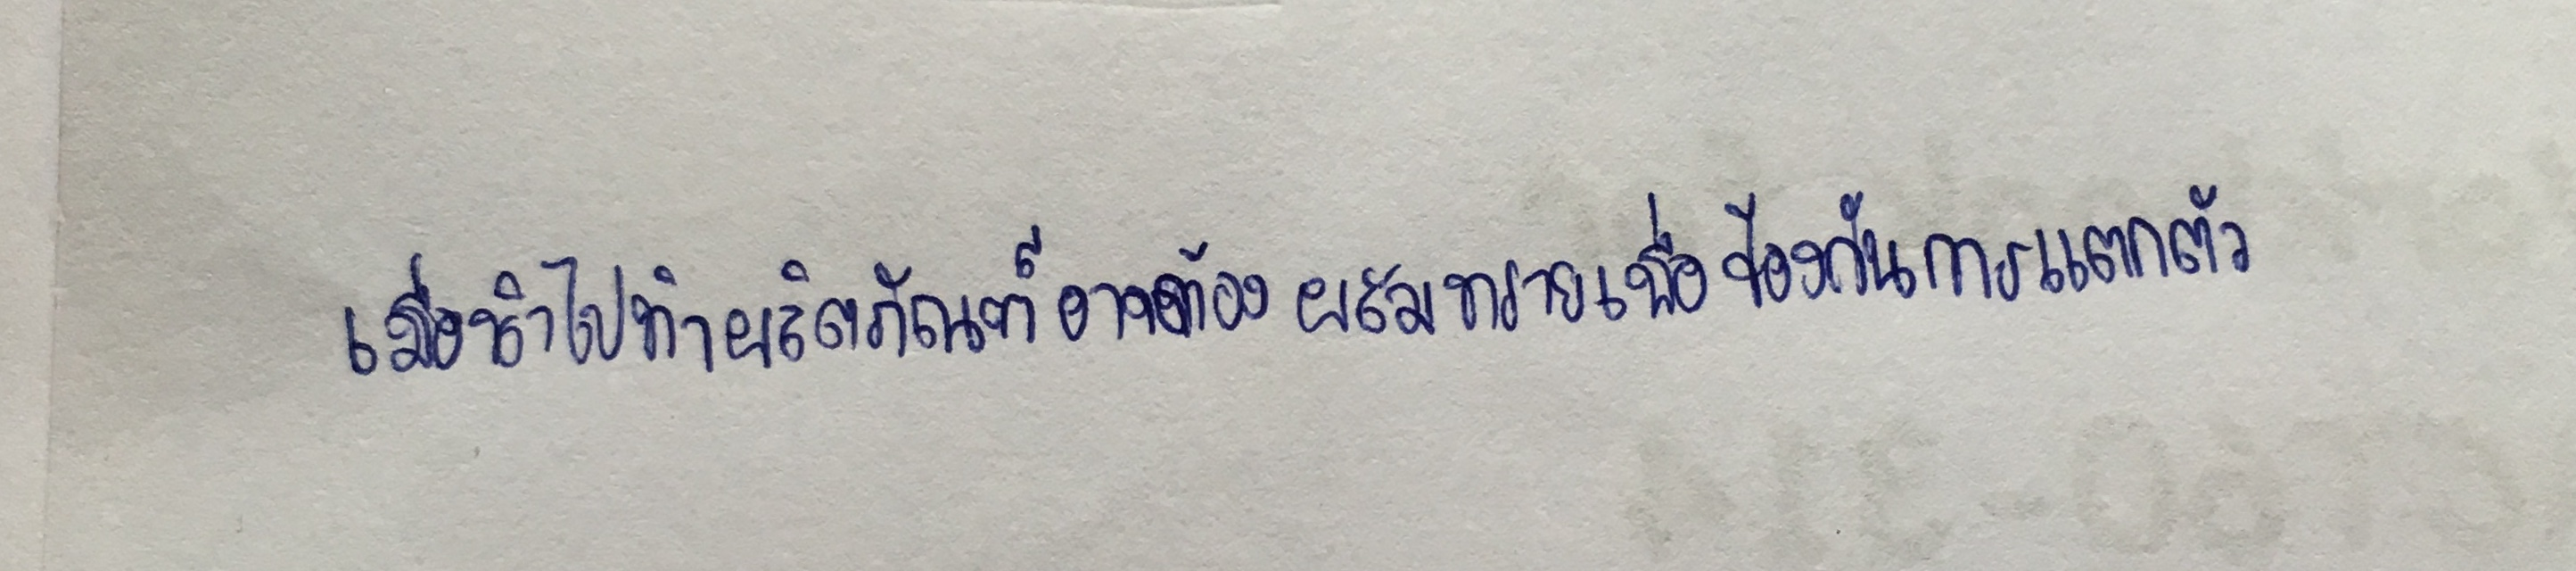
เมื่อนำไปทำผลิตภัณฑ์อาจต้องผสมทรายเพื่อป้องกันการแตกตัว